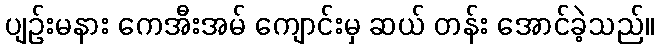
ပျဉ်းမနား ကေအီးအမ် ကျောင်းမှ ဆယ် တန်း အောင်ခဲ့သည်။